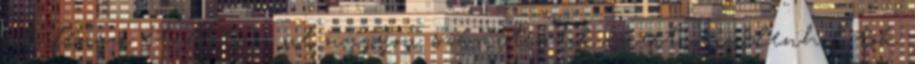
sok fenszi ételfotóra ne nagyon számítsatok, mert mindenhol tök